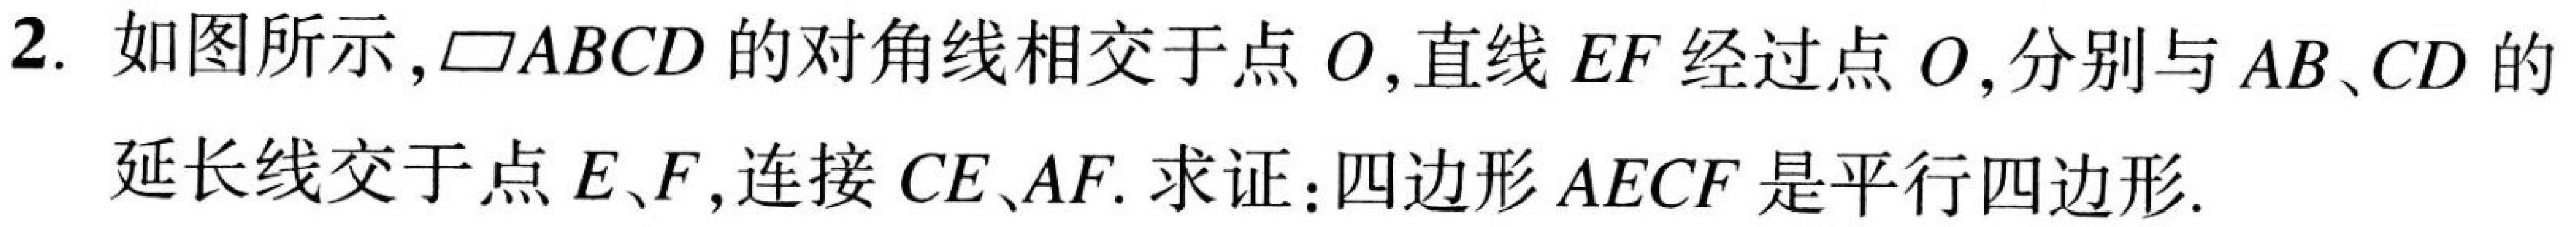
2. 如图所示，$\square ABCD$的对角线相交于点$O$,直线$EF$经过点$O$,分别与$AB、CD$的
延长线交于点$E、F$,连接$CE、AF.$ 求证：四边形$AECF$是平行四边形.